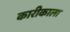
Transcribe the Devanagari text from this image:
कारीकाला